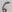
Text: 6